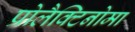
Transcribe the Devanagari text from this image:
प्रोलैक्टिनोमा